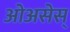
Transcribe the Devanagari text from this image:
ओअसेस्